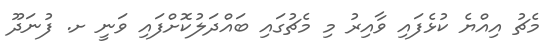
މެޗު އިއްޔެ ކުޅެފައި ވާއިރު މި މެޗުގައި ބައްދަލުކޮށްފައި ވަނީ ށ. ފުނަދޫ